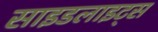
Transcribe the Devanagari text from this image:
साइडलाइट्स